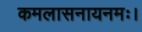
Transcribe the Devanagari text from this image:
कमलासनायनमः।